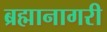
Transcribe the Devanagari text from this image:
ब्रह्मानागरी